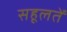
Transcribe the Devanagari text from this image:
सहूलतें